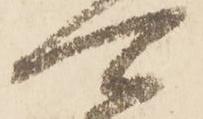
可